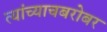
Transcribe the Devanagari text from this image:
त्यांच्याचबरोबर